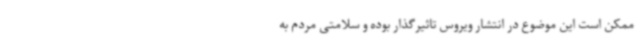
ممکن است این موضوع در انتشار ویروس تاثیرگذار بوده و سلامتی مردم به